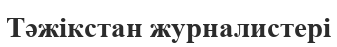
Тәжікстан журналистері